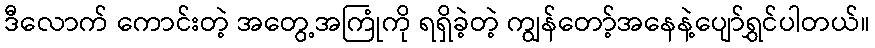
ဒီလောက် ကောင်းတဲ့ အတွေ့အကြုံကို ရရှိခဲ့တဲ့ ကျွန်တော့်အနေနဲ့ပျော်ရွှင်ပါတယ်။